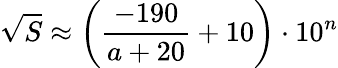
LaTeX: {\sqrt{S}}\approx\left({\frac{-190}{a+20}}+10\right)\cdot 10^{n}